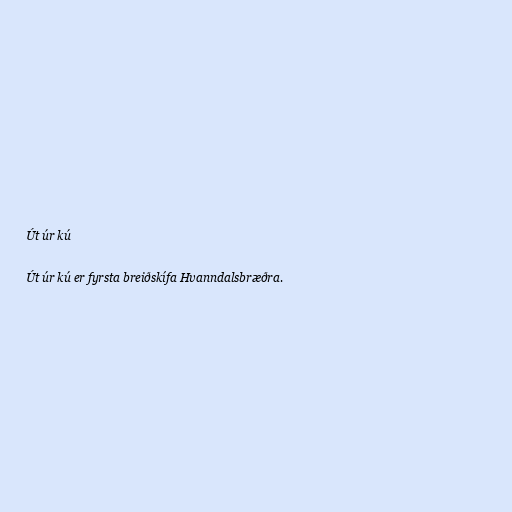
Út úr kú

Út úr kú er fyrsta breiðskífa Hvanndalsbræðra.